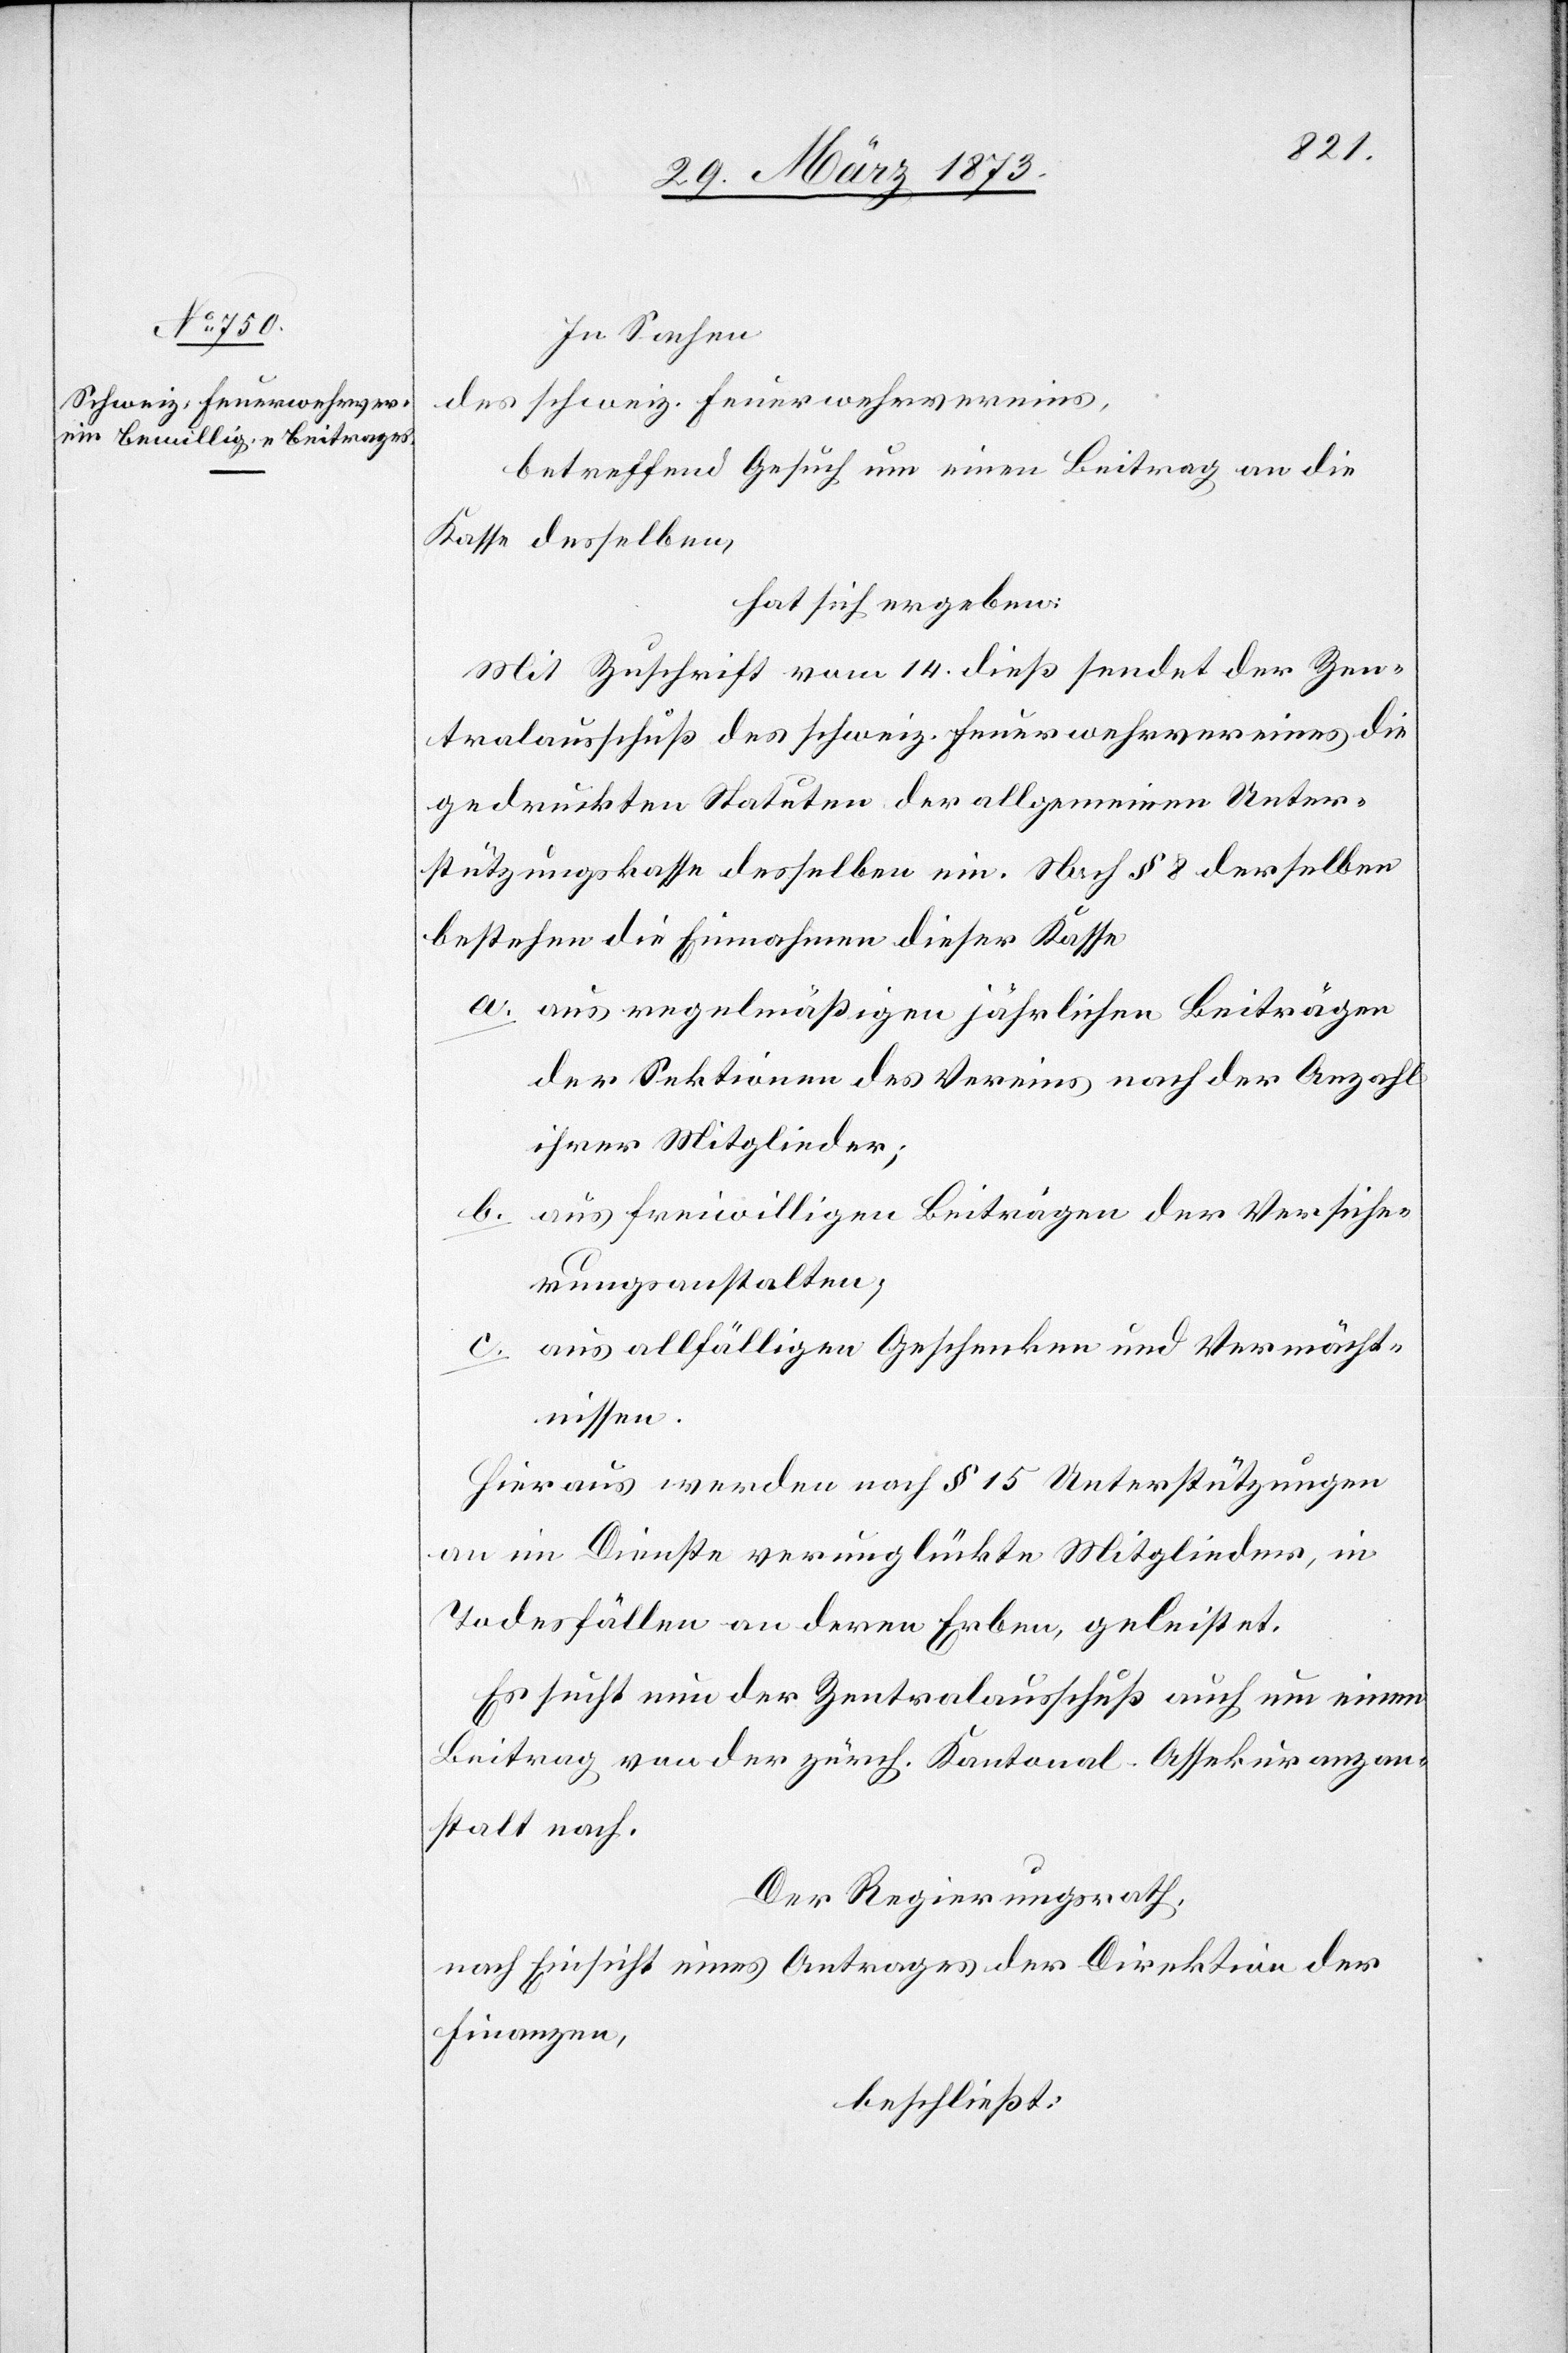
In Sachen
des schweiz. Feuerwehrvereins,
betreffend Gesuch um einen Beitrag an die
Kasse desselben,
hat sich ergeben:
Mit Zuschrift vom 14. dieß sendet der Zen¬
tralausschuß des schweiz. Feuerwehrvereines die
gedruckten Statuten der allgemeinen Unter¬
stützungskasse desselben ein. Nach § 8 derselben
bestehen die Einnahmen dieser Kasse
a. aus regelmäßigen jährlichen Beiträgen
der Sektionen des Vereins nach der Anzahl
ihrer Mitglieder;
b. aus freiwilligen Beiträgen der Versiche¬
rungsanstalten;
c. aus allfälligen Geschenken und Vermächt¬
nissen.
Hieraus werden nach § 15 Unterstützungen
an im Dienste verunglückte Mitglieder, in
Todesfällen an deren Erben, geleistet.
Es suche nun der Zentralausschuß auch um einen
Beitrag von der zürch. Kantonal-Assekuranzan¬
stalt nach.
Der Regierungsrath,
nach Einsicht eines Antrages der Direktion der
Finanzen,
beschließt: